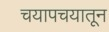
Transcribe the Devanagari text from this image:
चयापचयातून